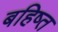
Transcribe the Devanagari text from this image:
बहिष्त